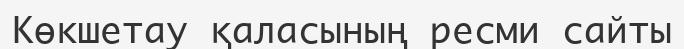
Көкшетау қаласының ресми сайты